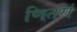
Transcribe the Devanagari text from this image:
णितरां